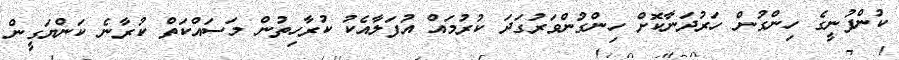
ކުންފުނީގެ ހިންގުން ހަރުދަނާކޮށް ހިންގުންވަރުގަދަ ކުރުމައް އުފަލާއެކު ކުރާހިތުން މަސައްކަތް ކުރާނެ ކަންޔަގީން